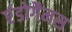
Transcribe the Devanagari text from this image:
एंडोगैमस